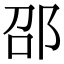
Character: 邵